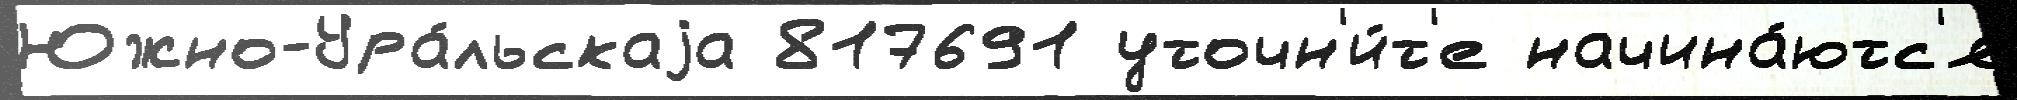
Южно-Ура́льскаjа 817691 уточн'и́т'е начина́ютс'я